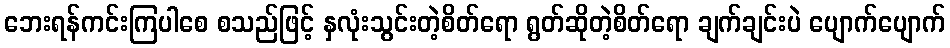
ဘေးရန်ကင်းကြပါစေ စသည်ဖြင့် နှလုံးသွင်းတဲ့စိတ်ရော ရွတ်ဆိုတဲ့စိတ်ရော ချက်ချင်းပဲ ပျောက်ပျောက်